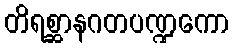
တိရစ္ဆာနဂတပဏ္ဍကော